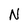
Character: N